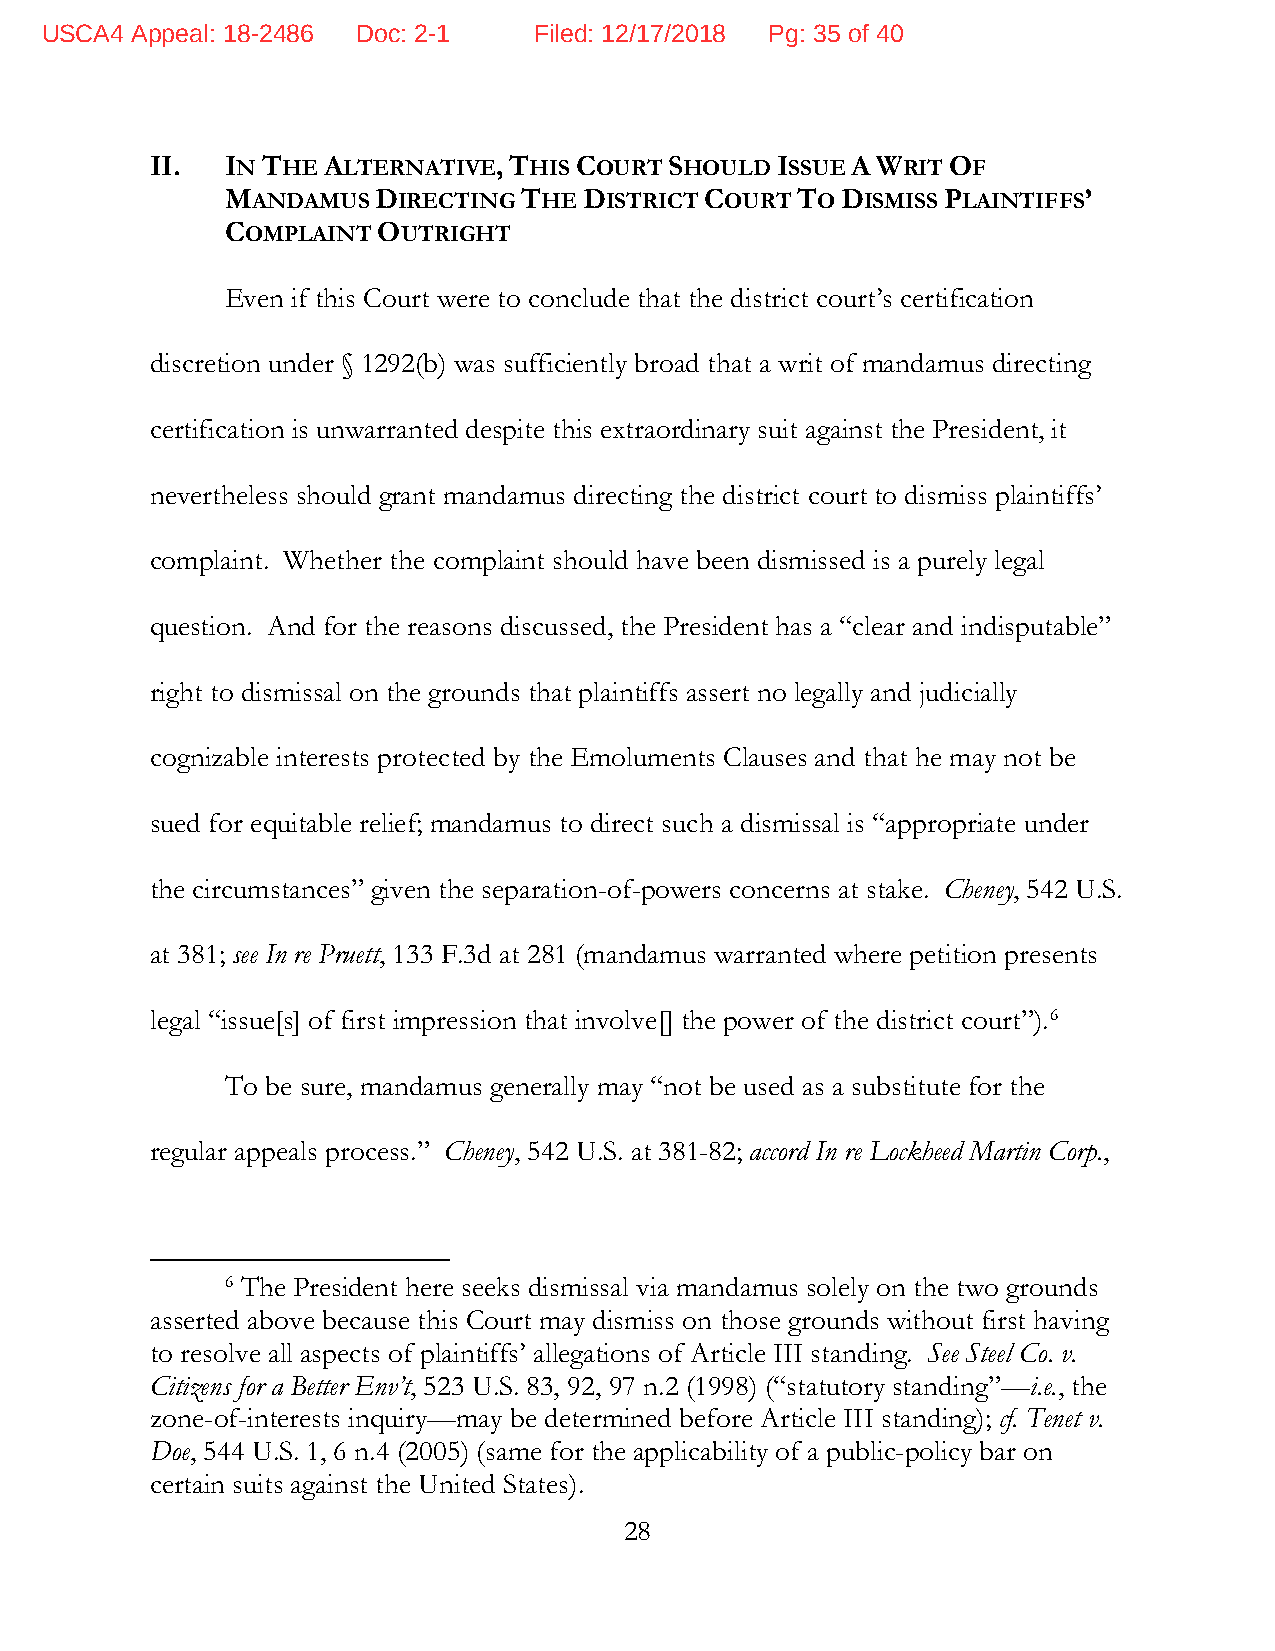
USCA4 Appeal: 18-2486 Doc: 2-1  Filed: 12/17/2018 Pg: 35 of 40
 II.  IN THE ALTERNATIVE, THIS COURT SHOULD ISSUE A WRIT OF
 MANDAMUS  DIRECTING THE DISTRICT COURT TO DISMISS PLAINTIFFS’
 COMPLAINT OUTRIGHT
 Even if this Court were to conclude that the district court’s certification
 discretion under § 1292(b) was sufficiently broad that a writ of mandamus directing
 certification is unwarranted despite this extraordinary suit against the President, it
 nevertheless should grant mandamus directing the district court to dismiss plaintiffs’
 complaint. Whether the complaint should have been dismissed is a purely legal
 question. And for the reasons discussed, the President has a “clear and indisputable”
 right to dismissal on the grounds that plaintiffs assert no legally and judicially
 cognizable interests protected by the Emoluments Clauses and that he may not be
 sued for equitable relief; mandamus to direct such a dismissal is “appropriate under
 the circumstances” given the separation-of-powers concerns at stake. Cheney, 542 U.S.
 at 381; see In re Pruett, 133 F.3d at 281 (mandamus warranted where petition presents
 legal “issue[s] of first impression that involve[] the power of the district court”).6
 To be sure, mandamus generally may “not be used as a substitute for the
 regular appeals process.” Cheney, 542 U.S. at 381-82; accord In re Lockheed Martin Corp.,
 6 The President here seeks dismissal via mandamus solely on the two grounds
 asserted above because this Court may dismiss on those grounds without first having
 to resolve all aspects of plaintiffs’ allegations of Article III standing. See Steel Co. v.
 Citizens for a Better Env’t, 523 U.S. 83, 92, 97 n.2 (1998) (“statutory standing”—i.e., the
 zone-of-interests inquiry—may be determined before Article III standing); cf. Tenet v.
 Doe, 544 U.S. 1, 6 n.4 (2005) (same for the applicability of a public-policy bar on
 certain suits against the United States).
 28